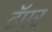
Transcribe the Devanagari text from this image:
टॅपर